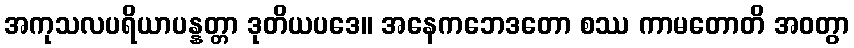
အကုသလပရိယာပန္နတ္တာ ဒုတိယပဒေ။ အနေကဘေဒတော စဿ ကာမတောတိ အဝတွာ